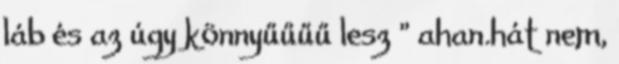
láb és az úgy könnyűűűű lesz " ahan.hát nem,